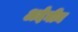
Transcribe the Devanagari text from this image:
अदेनीन